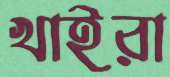
খাইরা